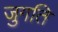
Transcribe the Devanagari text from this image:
जुगति